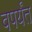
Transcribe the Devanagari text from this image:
वपर्यंत